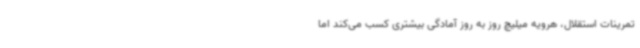
تمرینات استقلال، هرویه میلیچ روز به روز آمادگی بیشتری کسب می‌کند اما